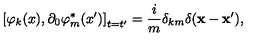
\left[ \varphi _ { k } ( x ) , \partial _ { 0 } \varphi _ { m } ^ { * } ( x ^ { \prime } ) \right] _ { t = t ^ { \prime } } = \frac { i } { m } \delta _ { k m } \delta ( \mathbf { x } - \mathbf { x } ^ { \prime } ) ,